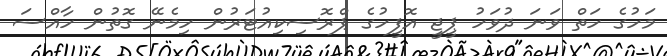
މަހުގެ ހަތް ވަނަ ދުވަހު ޕީޖީ އޮފީހުގެ ޕްރޮސިކިއުޓަރުން ހިމެނޭ ގޮތުން ހާއްސަ